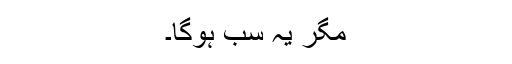
مگر یہ سب ہوگا۔